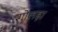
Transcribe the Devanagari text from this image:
गोलड़ा